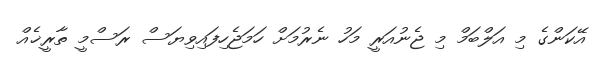
އޭކަންގެ މި އަލްބަމް މި ޖެނުއަރީ މަހު ނެރުމަށް ހަމަޖެހިފައިވިޔަސް ރަސްމީ ތާރީޚެއް